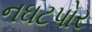
નઘટપોર